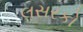
લસરકો